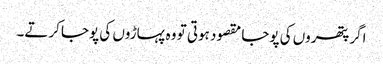
اگر پتھروں کی پوجا مقصود ہوتی تو وہ پہاڑوں کی پوجا کرتے۔